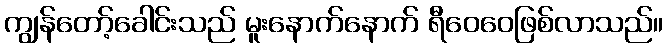
ကျွန်တော့်ခေါင်းသည် မူးနောက်နောက် ရီဝေဝေဖြစ်လာသည်။